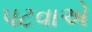
પટવાએ